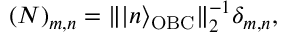
\begin{array} { r } { ( N ) _ { m , n } = \| | n \rangle _ { \mathrm { O B C } } \| _ { 2 } ^ { - 1 } \delta _ { m , n } , } \end{array}